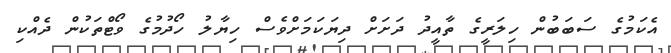
އެކަމުގެ ސަބަބުން ހިލަރީގެ ތާއީދު ދަށަށް ދިޔަކަމަށްވެސް ހިޔާލު ހޯދުމުގެ ވޯޓްތަކުން ދެއްކި